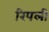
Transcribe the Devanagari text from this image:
रिपली